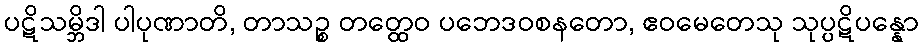
ပဋိသမ္ဘိဒါ ပါပုဏာတိ, တာသဉ္စ တတ္ထေဝ ပဘေဒဝစနတော, ဧဝမေတေသု သုပ္ပဋိပန္နော